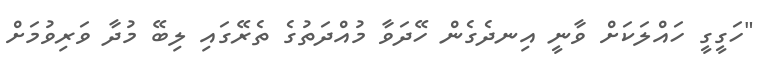
"ހަގީގީ ހައްލަކަށް ވާނީ އިނދެގެން ހޭދަވާ މުއްދަތުގެ ތެރޭގައި ލިބޭ މުދާ ވަރިވުމަށް